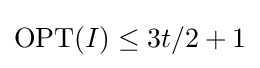
\mathrm {OPT} (I)\leq 3t/2+1